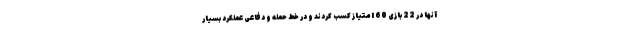
آنها در 22 بازی 60 امتیاز کسب کردند و در خط حمله و دفاعی عملکرد بسیار